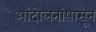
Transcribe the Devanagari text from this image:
आंदोलनांपासून